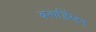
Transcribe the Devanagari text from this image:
बनार्डिस्टन